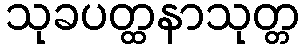
သုခပတ္ထနာသုတ္တ